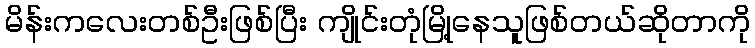
မိန်းကလေးတစ်ဦးဖြစ်ပြီး ကျိုင်းတုံမြို့နေသူဖြစ်တယ်ဆိုတာကို